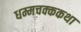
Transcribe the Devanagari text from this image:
धम्मचक्ककथा